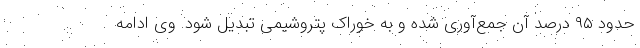
حدود ۹۵ درصد آن جمع‌آوری شده و به خوراک پتروشیمی تبدیل شود. وی ادامه